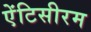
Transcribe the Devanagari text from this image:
ऐंटिसीरम